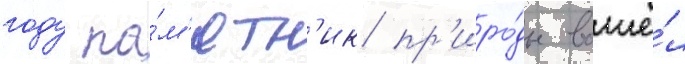
году па́м'ятн'ик пр'иро́ды вошё́л